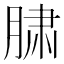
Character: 𰮲